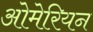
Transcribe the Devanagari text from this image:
ओमेरियन